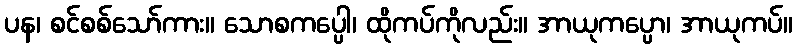
ပန၊ စင်စစ်သော်ကား။ သောစကပ္ပေါ၊ ထိုကပ်ကိုလည်း။ အာယုကပ္ပော၊ အာယုကပ်။